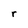
Character: r